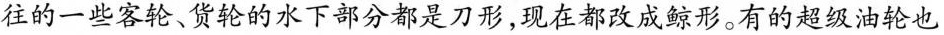
往的一些客轮、货轮的水下部分都是刀形，现在都改成鲸形。有的超级油轮也